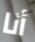
أنا